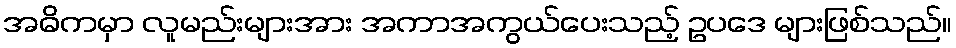
အဓိကမှာ လူမည်းများအား အကာအကွယ်ပေးသည့် ဥပဒေ များဖြစ်သည်။